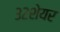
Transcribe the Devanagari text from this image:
३२शेयर